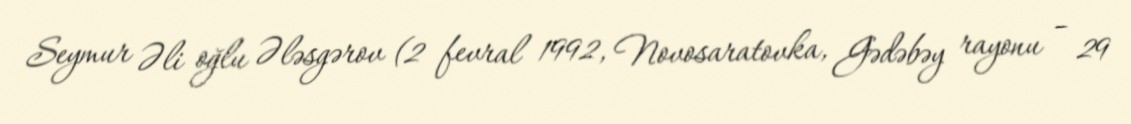
Seymur Əli oğlu Ələsgərov (2 fevral 1992, Novosaratovka, Gədəbəy rayonu – 29